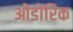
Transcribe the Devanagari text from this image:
ओडोरिक